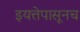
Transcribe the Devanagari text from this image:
इयत्तेपासूनच